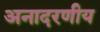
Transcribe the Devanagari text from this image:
अनादरणीय